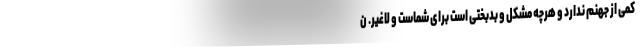
کمی ‌از جهنم ندارد و هرچه مشکل و بدبختی است برای شماست و لاغیر. ن